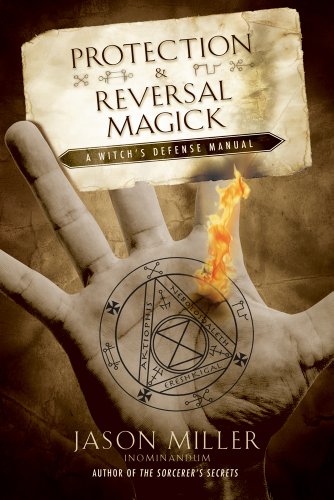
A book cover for Protection and Reversal Magick (Beyond 101); Jason Miller; Religion & Spirituality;